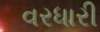
વરધારી